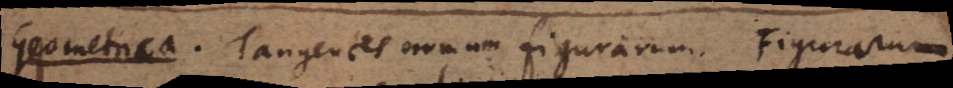
Geometrica. Tangentes omnium figurarum. Figurarum